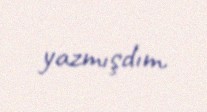
yazmışdım.